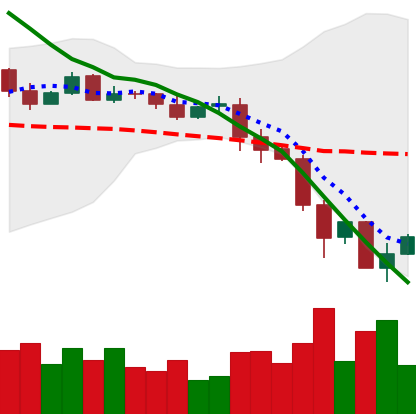
Ticker: EOS-USD
Chart end date: 2019-11-26
Forward return: 5.518%
Label: up_5_7